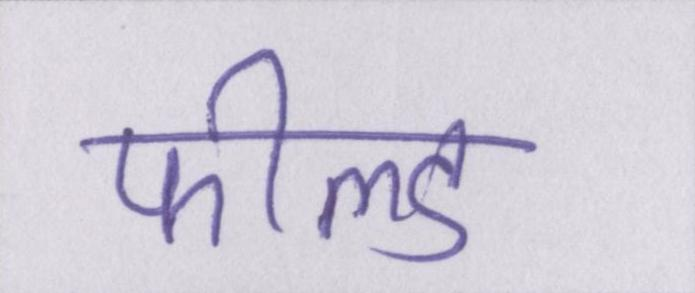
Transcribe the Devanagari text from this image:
फील्ड